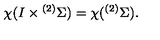
\chi ( I \times { } ^ { ( 2 ) } \Sigma ) = \chi ( { } ^ { ( 2 ) } \Sigma ) .